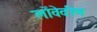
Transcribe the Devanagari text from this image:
लोंवेवीण